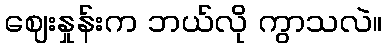
ဈေးနှုန်းက ဘယ်လို ကွာသလဲ။